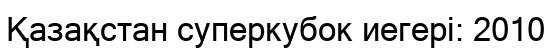
Қазақстан суперкубок иегері: 2010